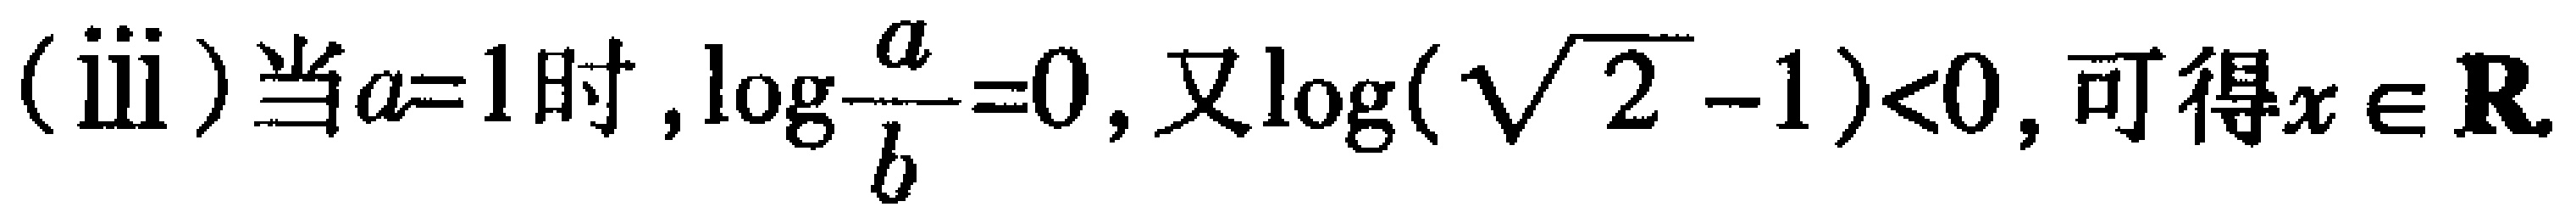
(iii) 当\(a = 1\)时，\(\log\frac{a}{b}=0\)，又\(\log(\sqrt{2}-1)<0\)，可得\(x\in \mathbf{R}\)